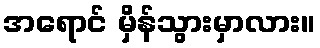
အရောင် မှိန်သွားမှာလား။